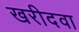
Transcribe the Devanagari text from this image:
खरीदवा